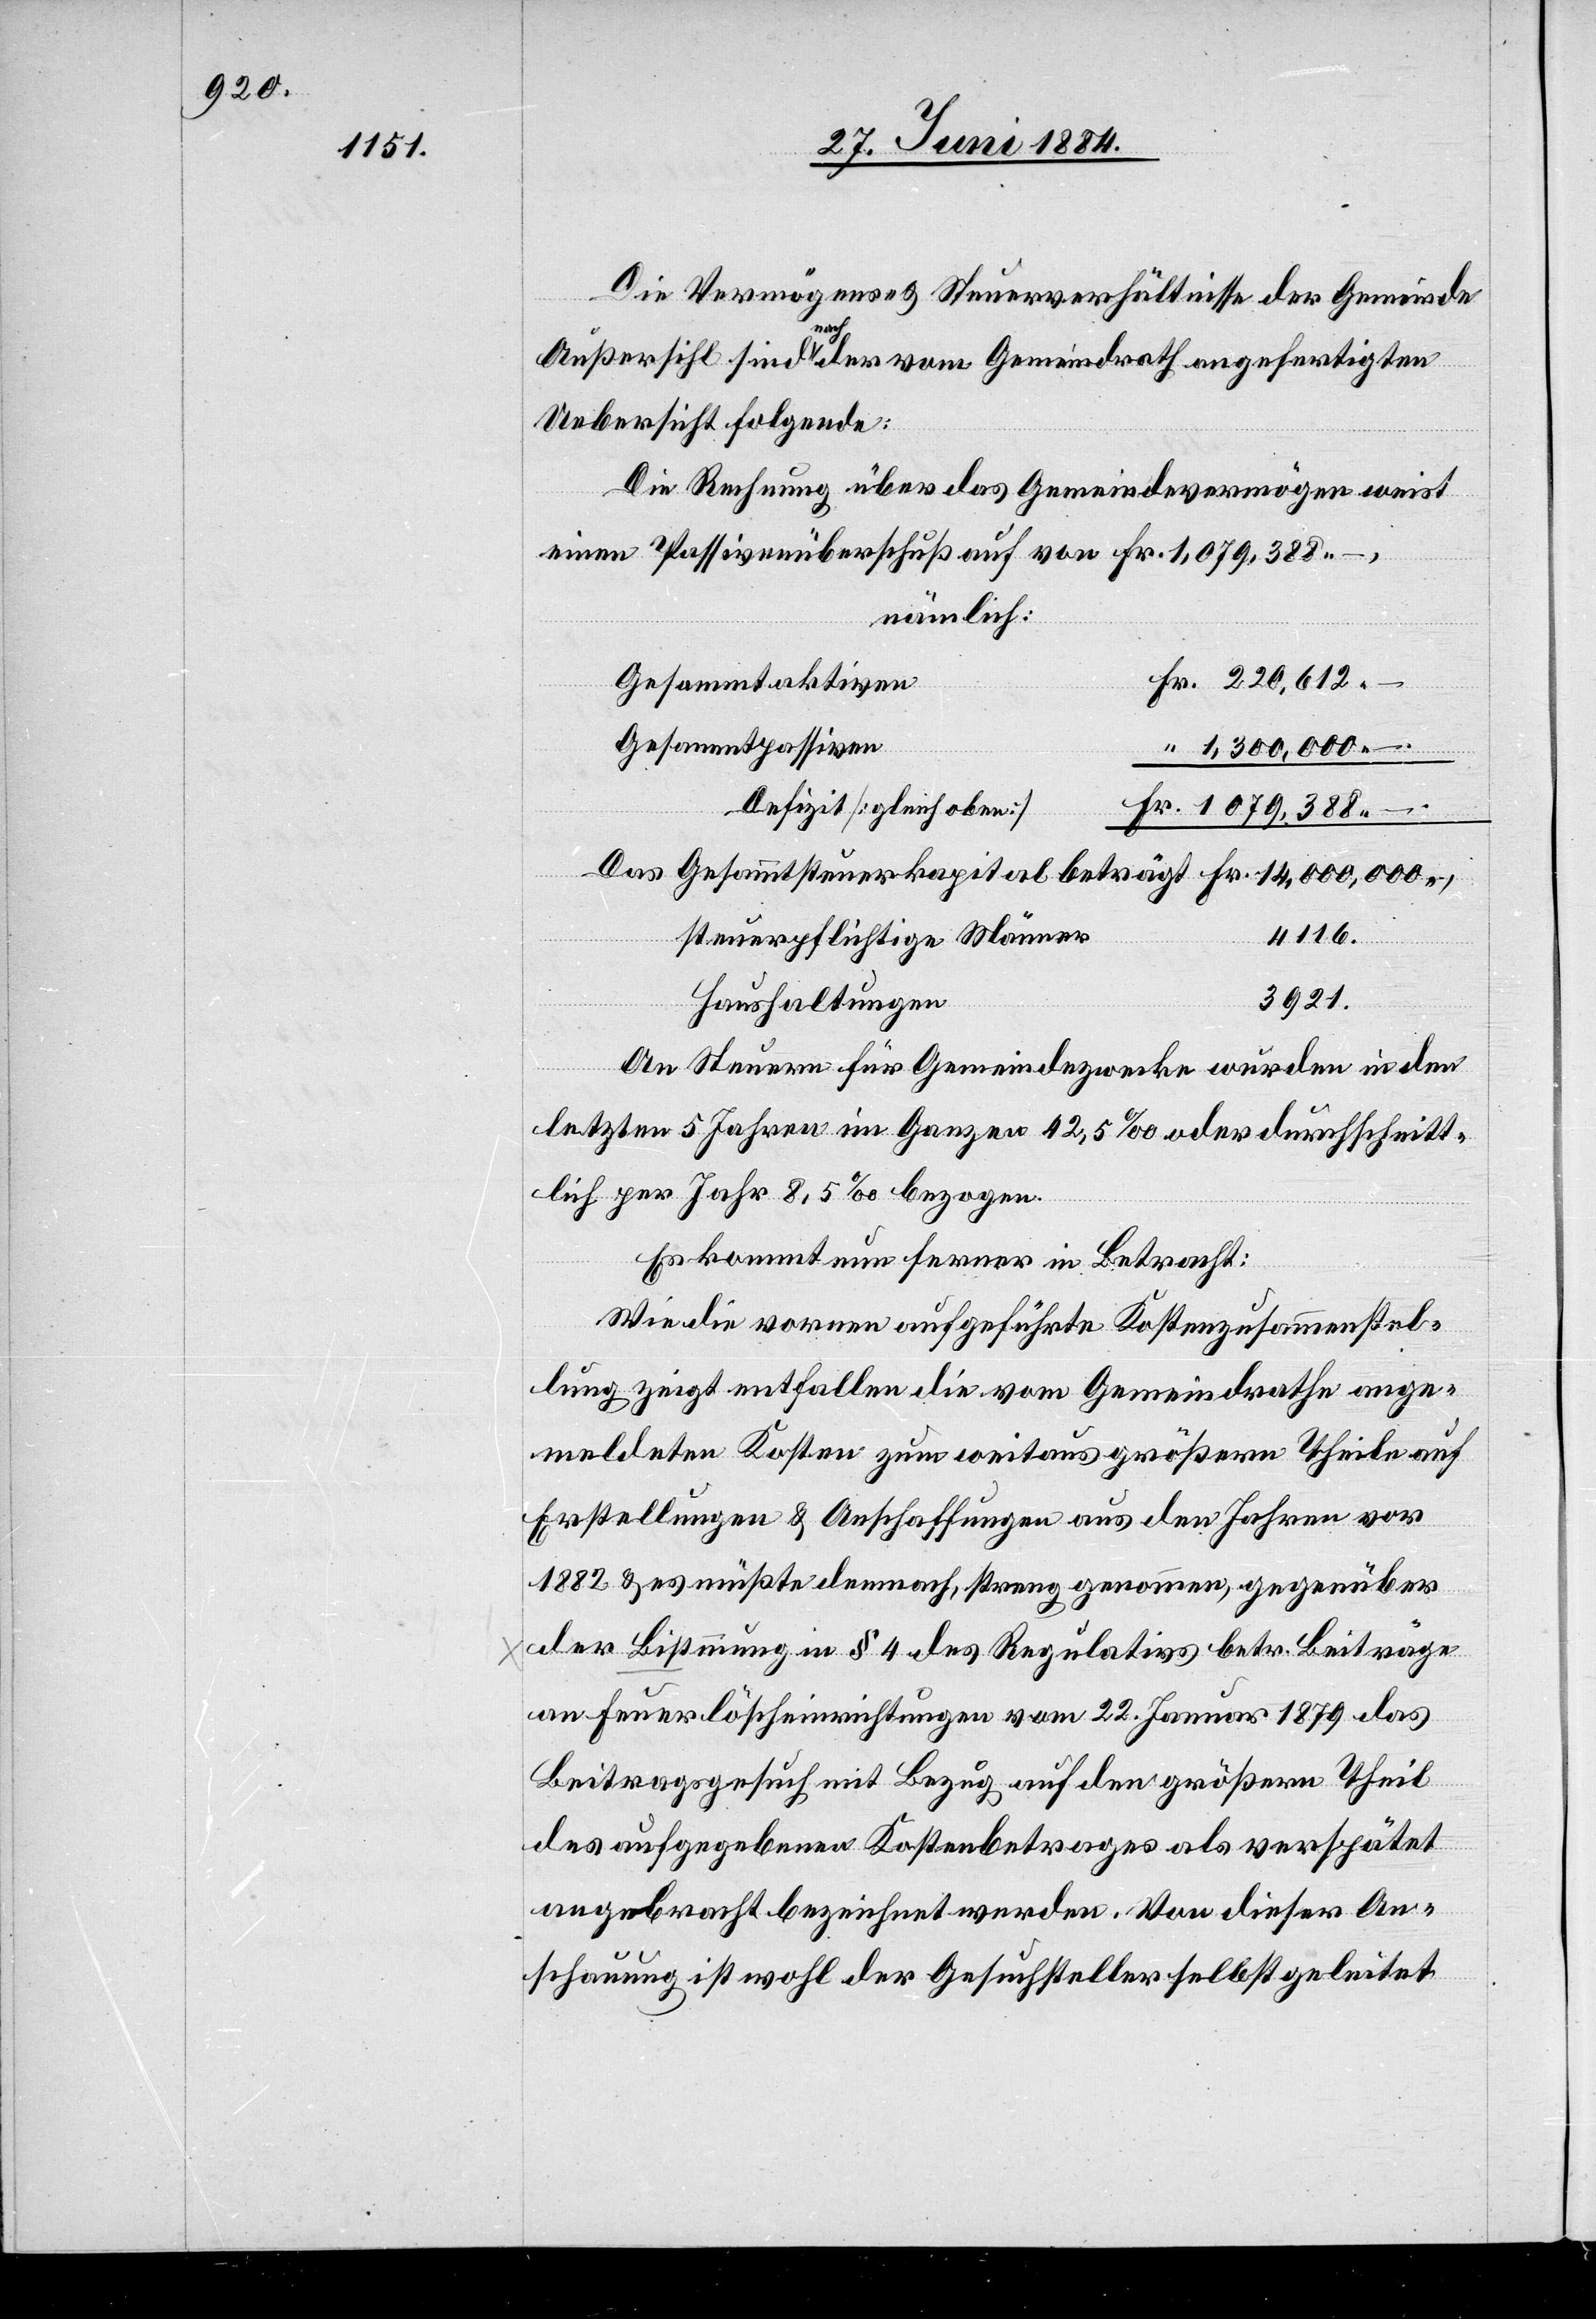
Die Vermögens- & Steuerverhältnisse der Gemeinde
Außersihl sind nach der vom Gemeindrath angefertigten
Uebersicht folgende:
Die Rechnung über das Gemeindevermögen weist
einen Passivenüberschuß auf von Fr. 1,079,388.–,
nämlich:
Gesammtaktiven
Gesammtpassiven
1,300,000.
Defizit [gleich oben]
–
Das Gesammtsteuerkapital beträgt Fr. 14,000,000.,
4116.
steuerpflichtige Männer
3921.
Haushaltungen
An Steuern für Gemeindezwecke wurden in den
letzten 5 Jahren im Ganzen 42,5‰ oder durchschnitt¬
lich per Jahr 8,5‰ bezogen.
Es kommt nun ferner in Betracht:
Wie die vornen aufgeführten Kostenzusammenstel¬
lung zeigt entfallen die vom Gemeindrathe ange¬
meldeten Kosten zum weitaus größern Theile auf
Erstellungen & Anschaffungen aus den Jahren vor
1882 & es müßte demnach, streng genommen, gegenüber
[recte: Bestimmung] in § 4 des Regulativs betr. Beiträge
an Feuerlöscheinrichtungen vom 22. Januar 1879 das
Beitragsgesuch mit Bezug auf den größern Theil
des aufgegebenen Kostenbetrages als verspätet
angebracht bezeichnet werden. Von dieser An¬
schauung ist wohl der Gesuchsteller selbst geleitet